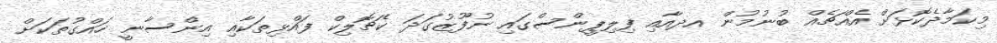
މިކަމާދެކޮޅަށް އެއްޗެއް ބުނުމުން އދއާއި ފިލިޕީންސްގައި ނުފޫޒުގަދަ ކެޗޮލިކް ފައްޅިތަކާއި އިންސާނީ ހައްގުތަކަށް